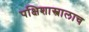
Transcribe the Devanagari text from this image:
पक्षिशास्त्रालाच